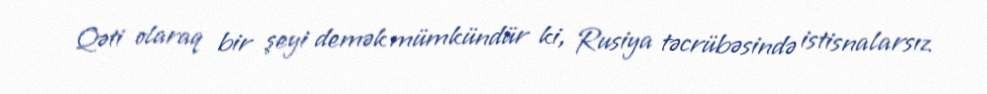
Qəti olaraq bir şeyi demək mümkündür ki, Rusiya təcrübəsində istisnalarsız